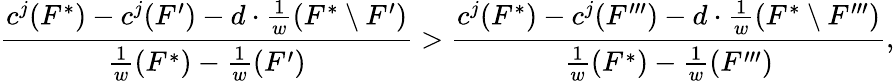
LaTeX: \frac{c^{j}(F^{*})-c^{j}(F^{\prime})-d\cdot\frac{1}{w}(F^{*}\setminus F^{\prime})}{\frac{1}{w}(F^{*})-\frac{1}{w}(F^{\prime})}>\frac{c^{j}(F^{*})-c^{j}(F^{\prime\prime\prime})-d\cdot\frac{1}{w}(F^{*}\setminus F^{\prime\prime\prime})}{\frac{1}{w}(F^{*})-\frac{1}{w}(F^{\prime\prime\prime})},